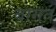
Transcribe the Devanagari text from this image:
बागत